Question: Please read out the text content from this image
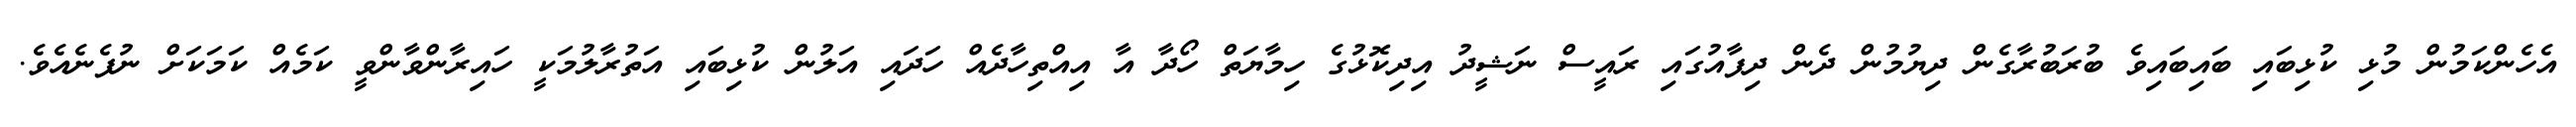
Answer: އެހެންކަމުން މުޅި ކުޅިބައި ބައިބައިވެ ބުރަބުރާގެން ދިޔުމުން ދެން ދިފާއުގައި ރައީސް ނަޝީދު އިދިކޮޅުގެ ހިމާޔަތް ހޯދާ އާ އިއްތިހާދެއް ހަދައި އަލުން ކުޅިބައި އަތުރާލުމަކީ ހައިރާންވާންވީ ކަމެއް ކަމަކަށް ނުފެނެއެވެ.